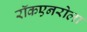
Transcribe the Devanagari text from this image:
रॉकएनरोला